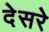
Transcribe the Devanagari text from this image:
देसरे